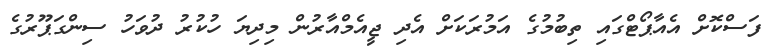
ފަސްކޮށް އެއާޕޯޓްގައި ތިބުމުގެ އަމުރަކަށް އެދި ޖީއެމްއާރުން މިދިޔަ ހުކުރު ދުވަހު ސިންގަޕޫރުގެ